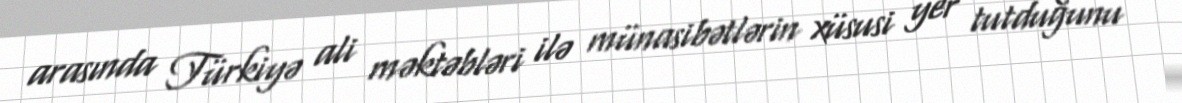
arasında Türkiyə ali məktəbləri ilə münasibətlərin xüsusi yer tutduğunu